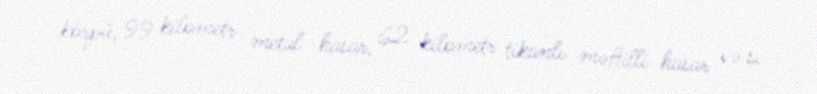
körpü, 99 kilometr metal hasar, 62 kilometr tikanlı məftilli hasar və s.